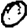
Digit: 0